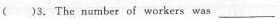
)3.The number of workers was_________